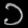
Digit: ၁